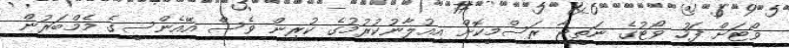
ވޯޓަށް ފަހު ވޯޓުގެ ނަތީޖާ ރަސްމީކޮށް އިއުލާނުކުރުމުގެ ކުރިން ވެސް އޭއެންސީގެ މެމްބަރުން